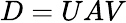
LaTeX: D=UAV